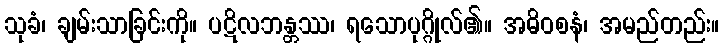
သုခံ၊ ချမ်းသာခြင်းကို။ ပဋိလဘန္တဿ၊ ရသောပုဂ္ဂိုလ်၏။ အဓိဝစနံ၊ အမည်တည်း။